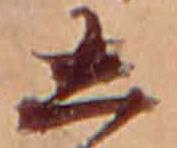
し